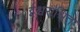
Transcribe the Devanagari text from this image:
ईश्वराश्रित